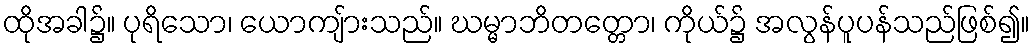
ထိုအခါ၌။ ပုရိသော၊ ယောကျ်ားသည်။ ဃမ္မာဘိတတ္တော၊ ကိုယ်၌ အလွန်ပူပန်သည်ဖြစ်၍။